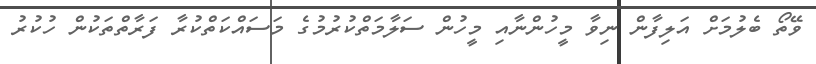
ވޭތޯ ބެލުމަށް އަލިފާން ނިވާ މީހުންނާއި މީހުން ސަލާމަތްކުރުމުގެ މަސައްކަތްކުރާ ފަރާތްތަކުން ހުކުރު